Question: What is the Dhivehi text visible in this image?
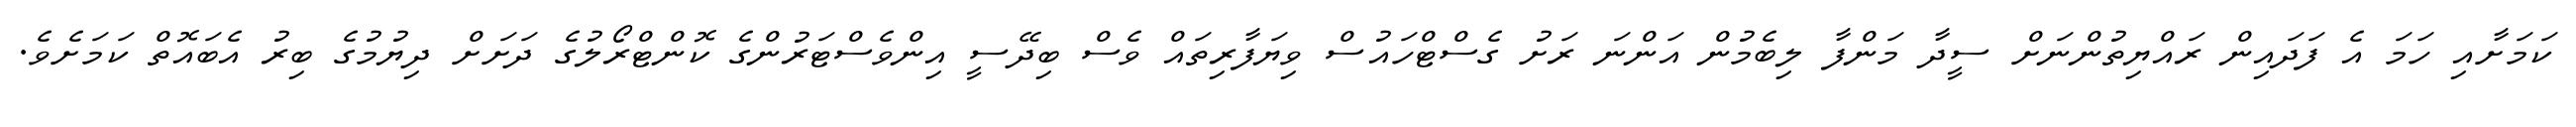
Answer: ކަމަށާއި ހަމަ އެ ފަދައިން ރައްޔިތުންނަށް ސީދާ މަންފާ ލިބެމުން އަންނަ ރަށު ގެސްޓްހައުސް ވިޔަފާރިތައް ވެސް ބިދޭސީ އިންވެސްޓަރުންގެ ކޮންޓްރޯލުގެ ދަށަށް ދިޔުމުގެ ބިރު އެބައޮތް ކަމަށެވެ.